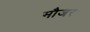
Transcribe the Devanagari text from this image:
मौजर